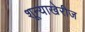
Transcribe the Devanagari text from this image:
शून्याखेरीज